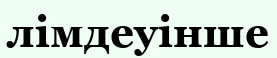
лімдеуінше